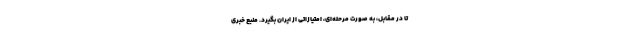
تا در مقابل، به صورت مرحله‌ای، امتیازاتی از ایران بگیرد. منبع خبری